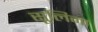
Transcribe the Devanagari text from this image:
सूलिना